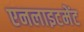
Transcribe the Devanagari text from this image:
एनलाइटमेंट